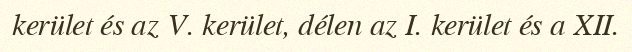
kerület és az V. kerület, délen az I. kerület és a XII.